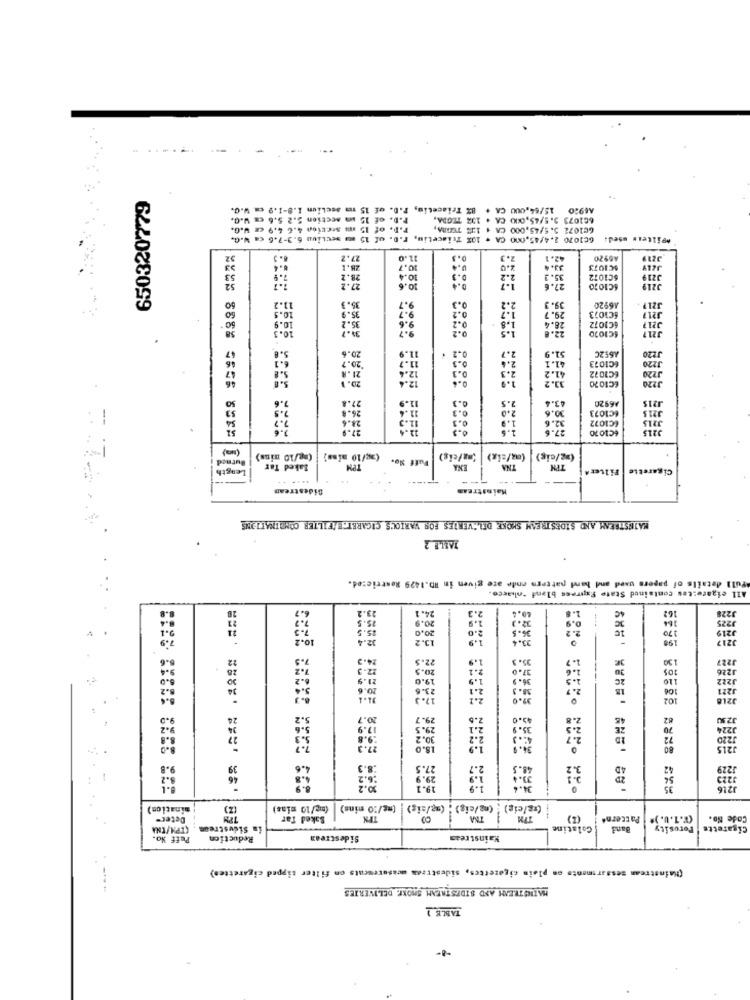
650320779
A6920 15/64,000 CA + 8% Triacetin, P.D. of 15 mm Section 1.8-1.9 cm W.C.
w.Q.
P.D. of 15 um section 5.2 5.6 cm W.Q.
601073 3.5/45,000 CA . 10% TIGDA,
P.D. of 15 m section 4.6 4,9 cm W.G.
GC1072 5.5/45,000 CA + 13% TERRA,
W.G.
601070 2.4/45,000 CA . 10% Triacetim, F.D. of 15 mu section 6.3-7.6 ca W.G.
*pilteis used!
27.7
11.0
2.3
42.1
A6920
3219
10.7
0.4
2.0
33.4
AC1073
28.2
10.4
0.3
2.2
35.2
6C1072
3219
27.2
27.6
6C1070
J219
0.3
11.2
35.9
35.3
9.7
9.7
0.2
2.2
1.2
39. 3
29.7
16920
10.9
35.2
9.6
0.2
1.8
28.4
6C1073
3217
10. 3
9.7
0.2
6C1072
22.8
4C1020
J21.7
5.8
20.6
6.1
20.7
11.9
0.2 1
2.4
2.7
51.9
A652C
J220
S.B
21.R
12.4
11.7
0.3
0.3
2.3
41.1
6C1073
J220
J220
20.1
12.4
33.2
41.2
6C1072
EC1070
J220
7.6
27.8
26-8
11.4
11.9
0.3
0.3
2.5
2.0
43.4
30.6
A6920
1215
3215
23.6
11.3
1.9
32.6
(C1072
6C1073
J215
€C1070
(ag/10 mins) |(mg/10 mins)
Puff No.
"ma/eig)
(az/six)
(mg/cig)
Length
Baked Tar
EXA
THA
Cigarette FilterA
...
Sidestrean
--
Mainstream
MAJUSTREAM AND SIDESTREAM SMOKE DEL VERTES FOR VARIOUS CIGARETTE/FILTER COMBINATIONS
JABLE 2
full details of papers used and band pattern ende are given in RD.1429 Restricted.
All eigare:tes contained State Express blend -ohacce.
6.7
23.2
24.1
40.4
25.5
20.9
2.3
2.9
2.)
1.8
364
162
3228
9225
15.5
20,0
36.5
10.2
32.4
13.2
1.9
3.4
24.3
2.5
35.
130
J227
20.5
105
J226
6.2
21.9
19.6
1.9
110
1222
20.6
23.6
2.1
38. 3
2.1
18
106
J221
..
8. 3
31.4
17.3
2.1
39.0
102
J218
5.2
20.7
29.7
2.6
49.0
45
82
29.5
2.1
35.9
70
1224
-
3.3
30.2
2.2
72
1220
18.0
80
J215
9.8
8.9
27.5
48.5
42
8.2
46
mination)
(mg/10 mins)
(mg/20 mins)
(ag/cig) : (ma/cig) : (ma/sig)
Deter-
Baked Tar
TM
(2)
Pattern
(X.1.U. )*
Code No.
(TPA/CNA
in Sidustrees
Colatine
Band
Porosity
Cigarette
Puff No.
Reduction
Sidestream
Mainstream
(Mainstrean sessarsmenta on plain cigarettes, sidestrada acasoreucats on filter tipped cigarettes)
MAINSTREAM AND SIDESTREAM SHOKE. DELIVERIES
TABLE 1